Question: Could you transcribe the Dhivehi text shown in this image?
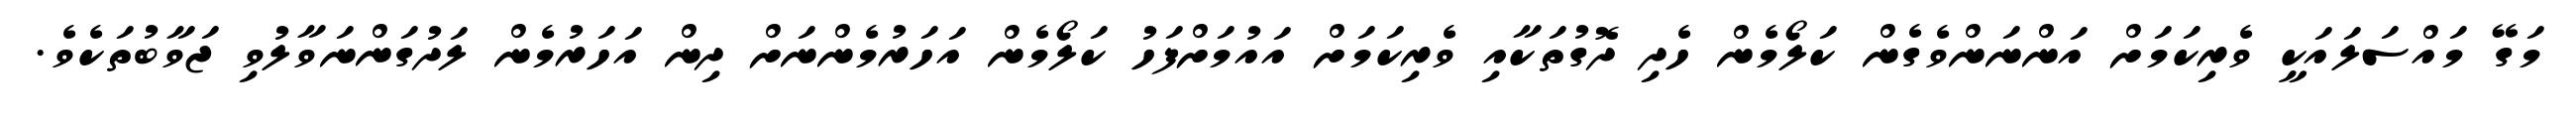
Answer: މަގޭ މައްސަލައަކީ ވެރިކަމަށް އަންނަންވެގެން ކަލޯމެން ހެދި ދޮގުތަކާއި ވެރިކަމަށް އައުމަށްފަހު ކަލޯމެން އަހަރުމެންނަށް ދިން އަހަރުމެން ލަދުގަންނަވާލުވި ޖަވާބުތަކެވެ.